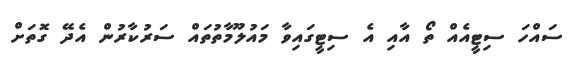
ސައްހަ ސިޓީއެއް ތޯ އާއި އެ ސިޓީގައިވާ މައުލޫމާތުތައް ސަރުކާރުން އެދޭ ގޮތަށް